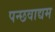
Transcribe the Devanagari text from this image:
पन्छवाद्यम